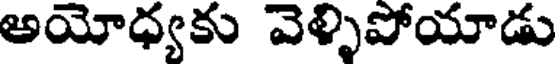
అయోధ్యకు వెళ్ళిపోయాడు